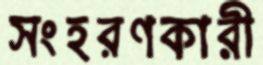
সংহরণকারী